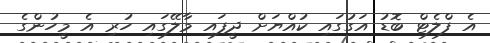
އެ ފްލެޓް ބޮޑު އަގުގައި ކުއްޔަށް ދީފައި މާލޭގައި ހުރި އެ މީހުންގެ